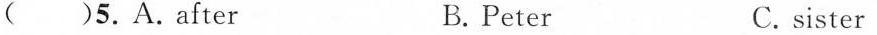
( )5.A.After B.Peter C.sister